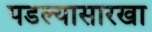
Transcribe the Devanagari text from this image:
पडल्यासारखा